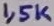
Text: 1,5K